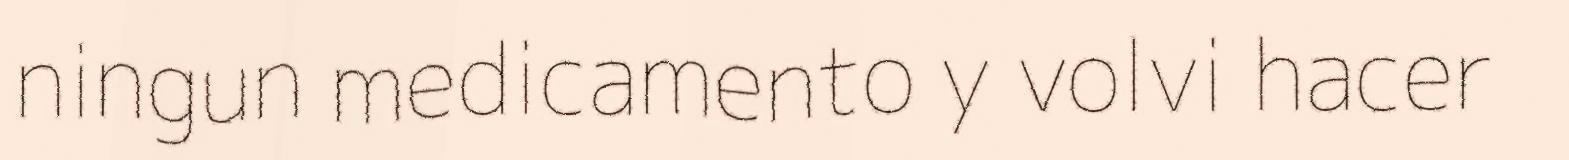
ningun medicamento y volvi hacer